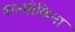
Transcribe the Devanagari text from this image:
वाल्मीकिना